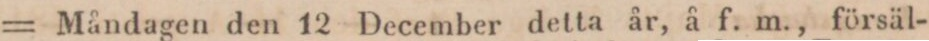
= Måndagen den 12 December detta år, å f. m., försäl-